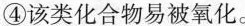
④该类化合物易被氧化。